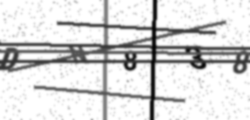
Text: DN838